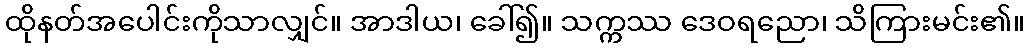
ထိုနတ်အပေါင်းကိုသာလျှင်။ အာဒါယ၊ ခေါ်၍။ သက္ကဿ ဒေဝရညော၊ သိကြားမင်း၏။